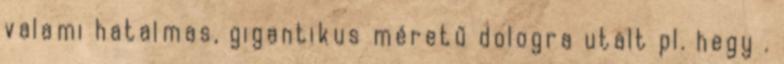
valami hatalmas, gigantikus méretű dologra utalt pl. hegy .